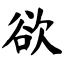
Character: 欲